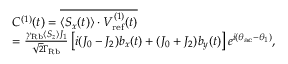
\begin{array} { r l } & { C ^ { ( 1 ) } ( t ) = \overline { { \langle S _ { x } ( t ) \rangle \cdot V _ { \mathrm { r e f } } ^ { ( 1 ) } ( t ) } } } \\ & { = \frac { \gamma _ { \mathrm { R b } } \langle S _ { z } \rangle J _ { 1 } } { \sqrt { 2 } \Gamma _ { \mathrm { R b } } } \left[ i ( J _ { 0 } - J _ { 2 } ) b _ { x } ( t ) + ( J _ { 0 } + J _ { 2 } ) b _ { y } ( t ) \right] e ^ { i ( \theta _ { \mathrm { a c } } - \theta _ { 1 } ) } , } \end{array}